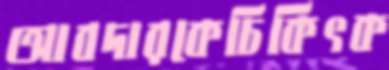
আবদারকেচিকিৎক